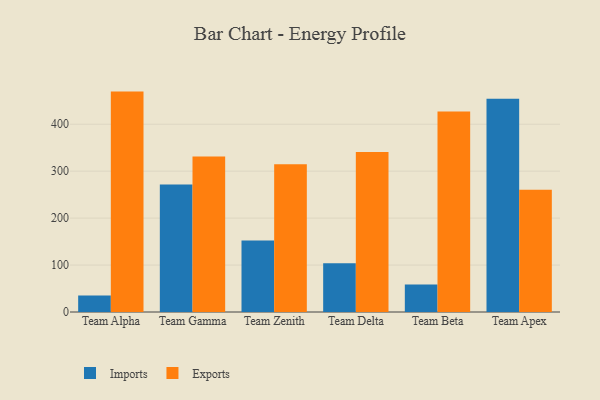
{"axis": {"x": "Team", "y": "Website Visitors"}, "legend": ["Exports", "Imports"], "data": [{"x": "Team Alpha", "y": 35.0, "type": "Imports"}, {"x": "Team Alpha", "y": 469.5, "type": "Exports"}, {"x": "Team Gamma", "y": 271.7, "type": "Imports"}, {"x": "Team Gamma", "y": 331.5, "type": "Exports"}, {"x": "Team Zenith", "y": 152.1, "type": "Imports"}, {"x": "Team Zenith", "y": 314.5, "type": "Exports"}, {"x": "Team Delta", "y": 104.0, "type": "Imports"}, {"x": "Team Delta", "y": 341.0, "type": "Exports"}, {"x": "Team Beta", "y": 58.7, "type": "Imports"}, {"x": "Team Beta", "y": 427.2, "type": "Exports"}, {"x": "Team Apex", "y": 454.3, "type": "Imports"}, {"x": "Team Apex", "y": 260.4, "type": "Exports"}]}